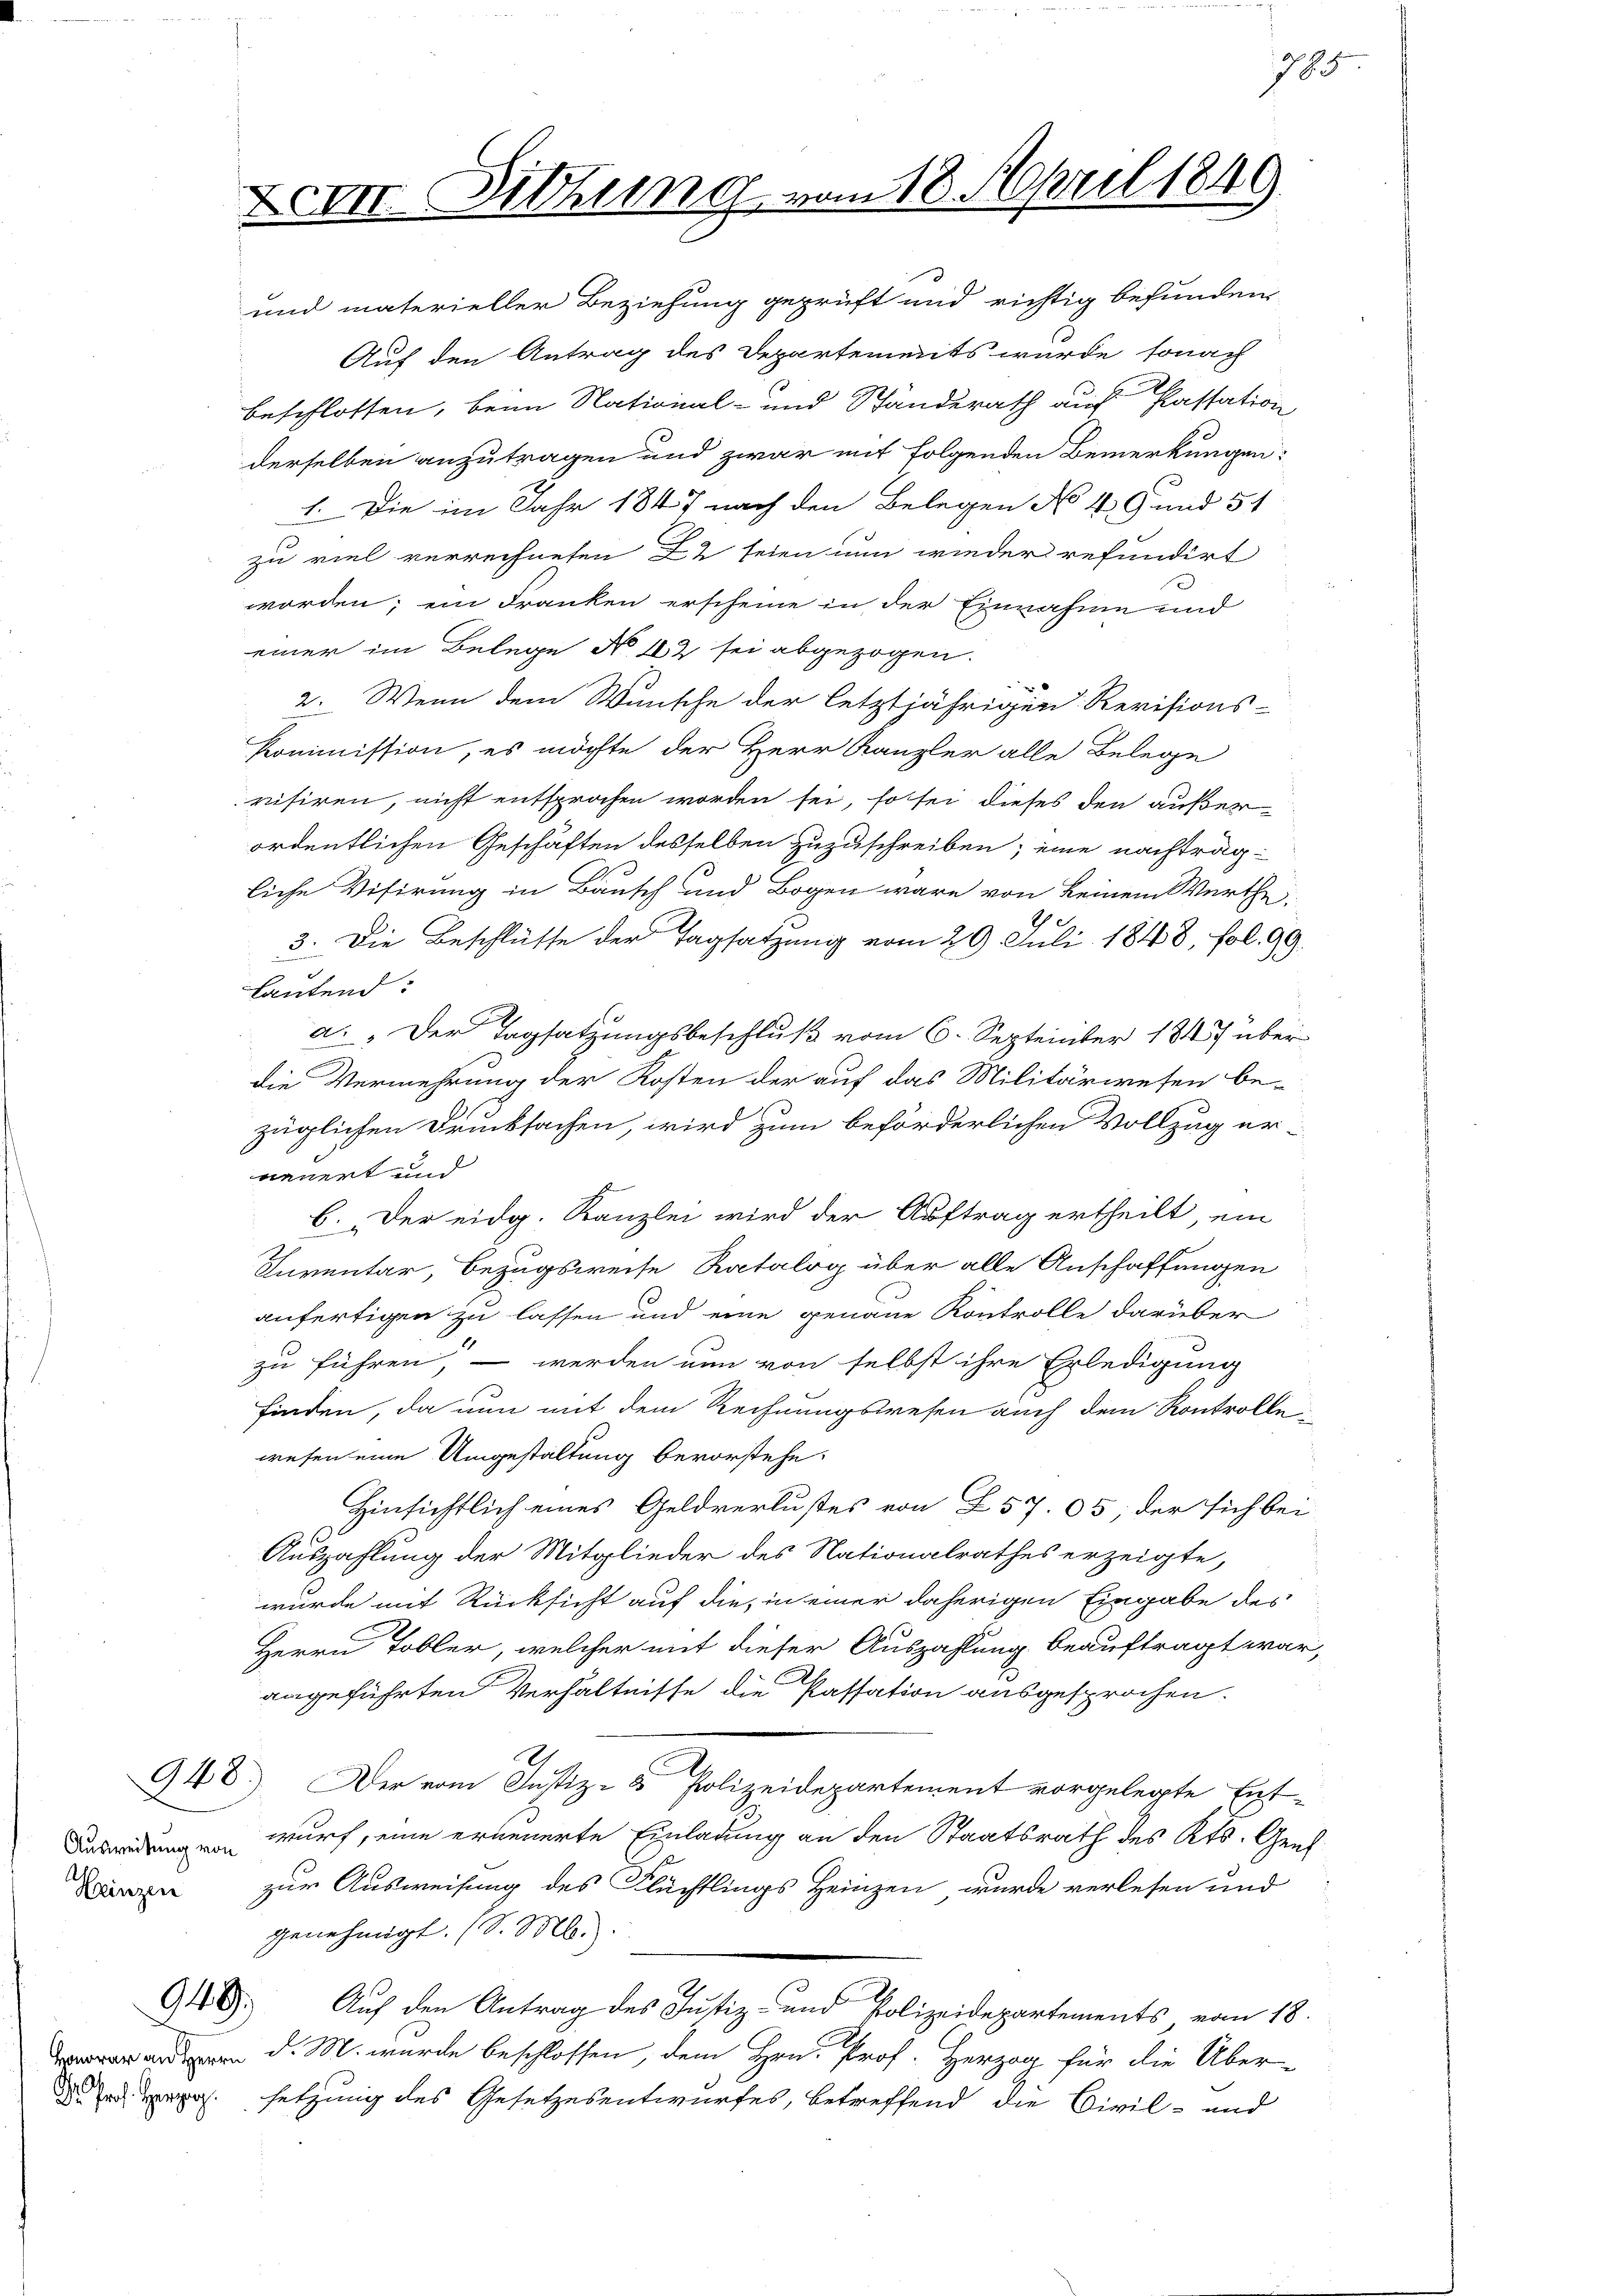
Ausweisung von
Heinzen

949.

Auf den Antrag des Departements wurde, sonach
beschlossen, beim National- und Ständerath auf Passation
derselben anzutragen und zwar mit folgenden Bemerkungen:
1. Die im Jahr 1847 nach den Belegen No 49 und 51
zu viel verrechneten 22 seien nun wieder refundirt
worden; ein Franken erscheine in der Einnahme und
einer im Belege No 12 sei abgezogen.
2. Wenn dem Wunsche der letztjährigen Revisions-
kommission, es möchte der Herr Kanzler alle Belege
risiren, nicht entsprochen worden sei, so sei dieses den außer
ordentlichen Geschäften desselben zuzuschreiben; eine nachträgliche Visirung in Bausch und Bogen wäre von keinem Werthe
3. Die Beschlüsse der Tagsatzung vom 29. Juli 1848, fol. 99.
lautend:
a. „Der Tagsatzungsbeschluß vom 6. Septeinter 1843 über
die Vermehrung der Kosten der auf das Militärwesen be-
züglichen Drucksachen, wird zum beförderlichen Vollzug er-
nauert und
R
6. Der eidg. Kanzlei wird der Auftrag ertheilt ein
Inventar, Bezugsweise Ratalog über alle Anschaffungen
anfertigen zu lassen und eine genaue Kontrolle darüber
zu führen, – werden nun von selbst ihre Erledigung
finden, da nun mit dem Rechnungswesen auch dem Kontrolle
wesen eine Umgestaltung bevorstehe.
Hinsichtlich eines Geldverlustes von 257. 05; der sich bei
Auszahlung der Mitglieder des Nationalrathes erzeigte,
wurde mit Rücksicht auf die, in einer daherigen Eingabe des
Herrn Tobler, welcher mit dieser Auszahlung beauftragt war
angeführten Verhältnisse die Passation ausgesprochen.
948.) Der vom Justiz- & Polizeidepartement vorgelegte Ent-
wurf, eine erneuerte Einladung an den Staatsrath des Kts. Gene
zur Ausweisung des Flüchtlings Heinzen wurde verlesen und
genehmigt. (S. M.
Auf den Antrag des Justiz- und Polizeidepartements vom 18.
e d. M. wurde beschlossen, dem Hrn. Prof. Herzog für die Über-
d ad pro. setzung des Gesetzesentwurfes, betreffend die Civil- und

Eron Sitzung vom 18. April 1849

und materieller Beziehung geprüft und richtig befunden

785